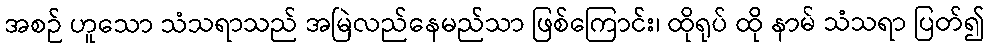
အစဉ် ဟူသော သံသရာသည် အမြဲလည်နေမည်သာ ဖြစ်ကြောင်း၊ ထိုရုပ် ထို နာမ် သံသရာ ပြတ်၍